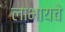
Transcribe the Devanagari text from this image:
लाभायचे